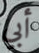
أبي